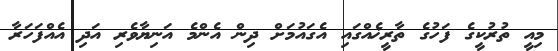
މިއީ ތުރުކީގެ ފަހުގެ ތާރީޚެއްގައި އެގައުމަށް ދިން އެންމެ އަނިޔާވެރި އަދި އެއްފަހަރާ